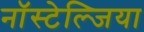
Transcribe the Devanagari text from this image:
नॉस्टेल्जिया